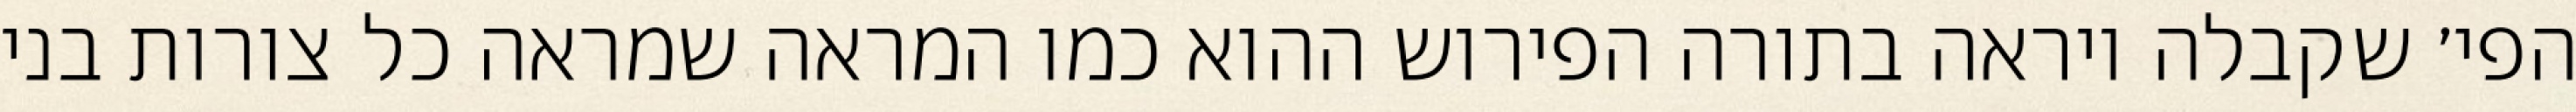
הפי׳ שקבלה ויראה בתורה הפירוש ההוא כמו המראה שמראה כל צורות בני